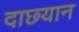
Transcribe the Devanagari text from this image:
दाछ्यान